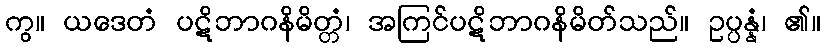
ကွ။ ယဒေတံ ပဋိဘာဂနိမိတ္တံ၊ အကြင်ပဋိဘာဂနိမိတ်သည်။ ဥပ္ပန္နံ၊ ၏။